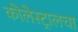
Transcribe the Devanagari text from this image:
कोलेस्ट्रालचा